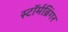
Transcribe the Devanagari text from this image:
स्टॉर्मब्रिंगर